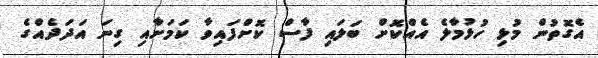
އެގޮތުން މުޅި ހުޅުމާލެ އެއްކޮށް ބަލައި ފާސް ކޮށްފައިވާ ކަަމަށާއި ގިނަ އަދަދެއްގެ